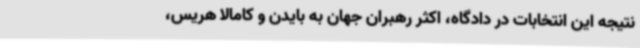
نتیجه این انتخابات در دادگاه، اکثر رهبران جهان به بایدن و کامالا هریس،